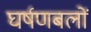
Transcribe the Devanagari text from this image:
घर्षणबलों